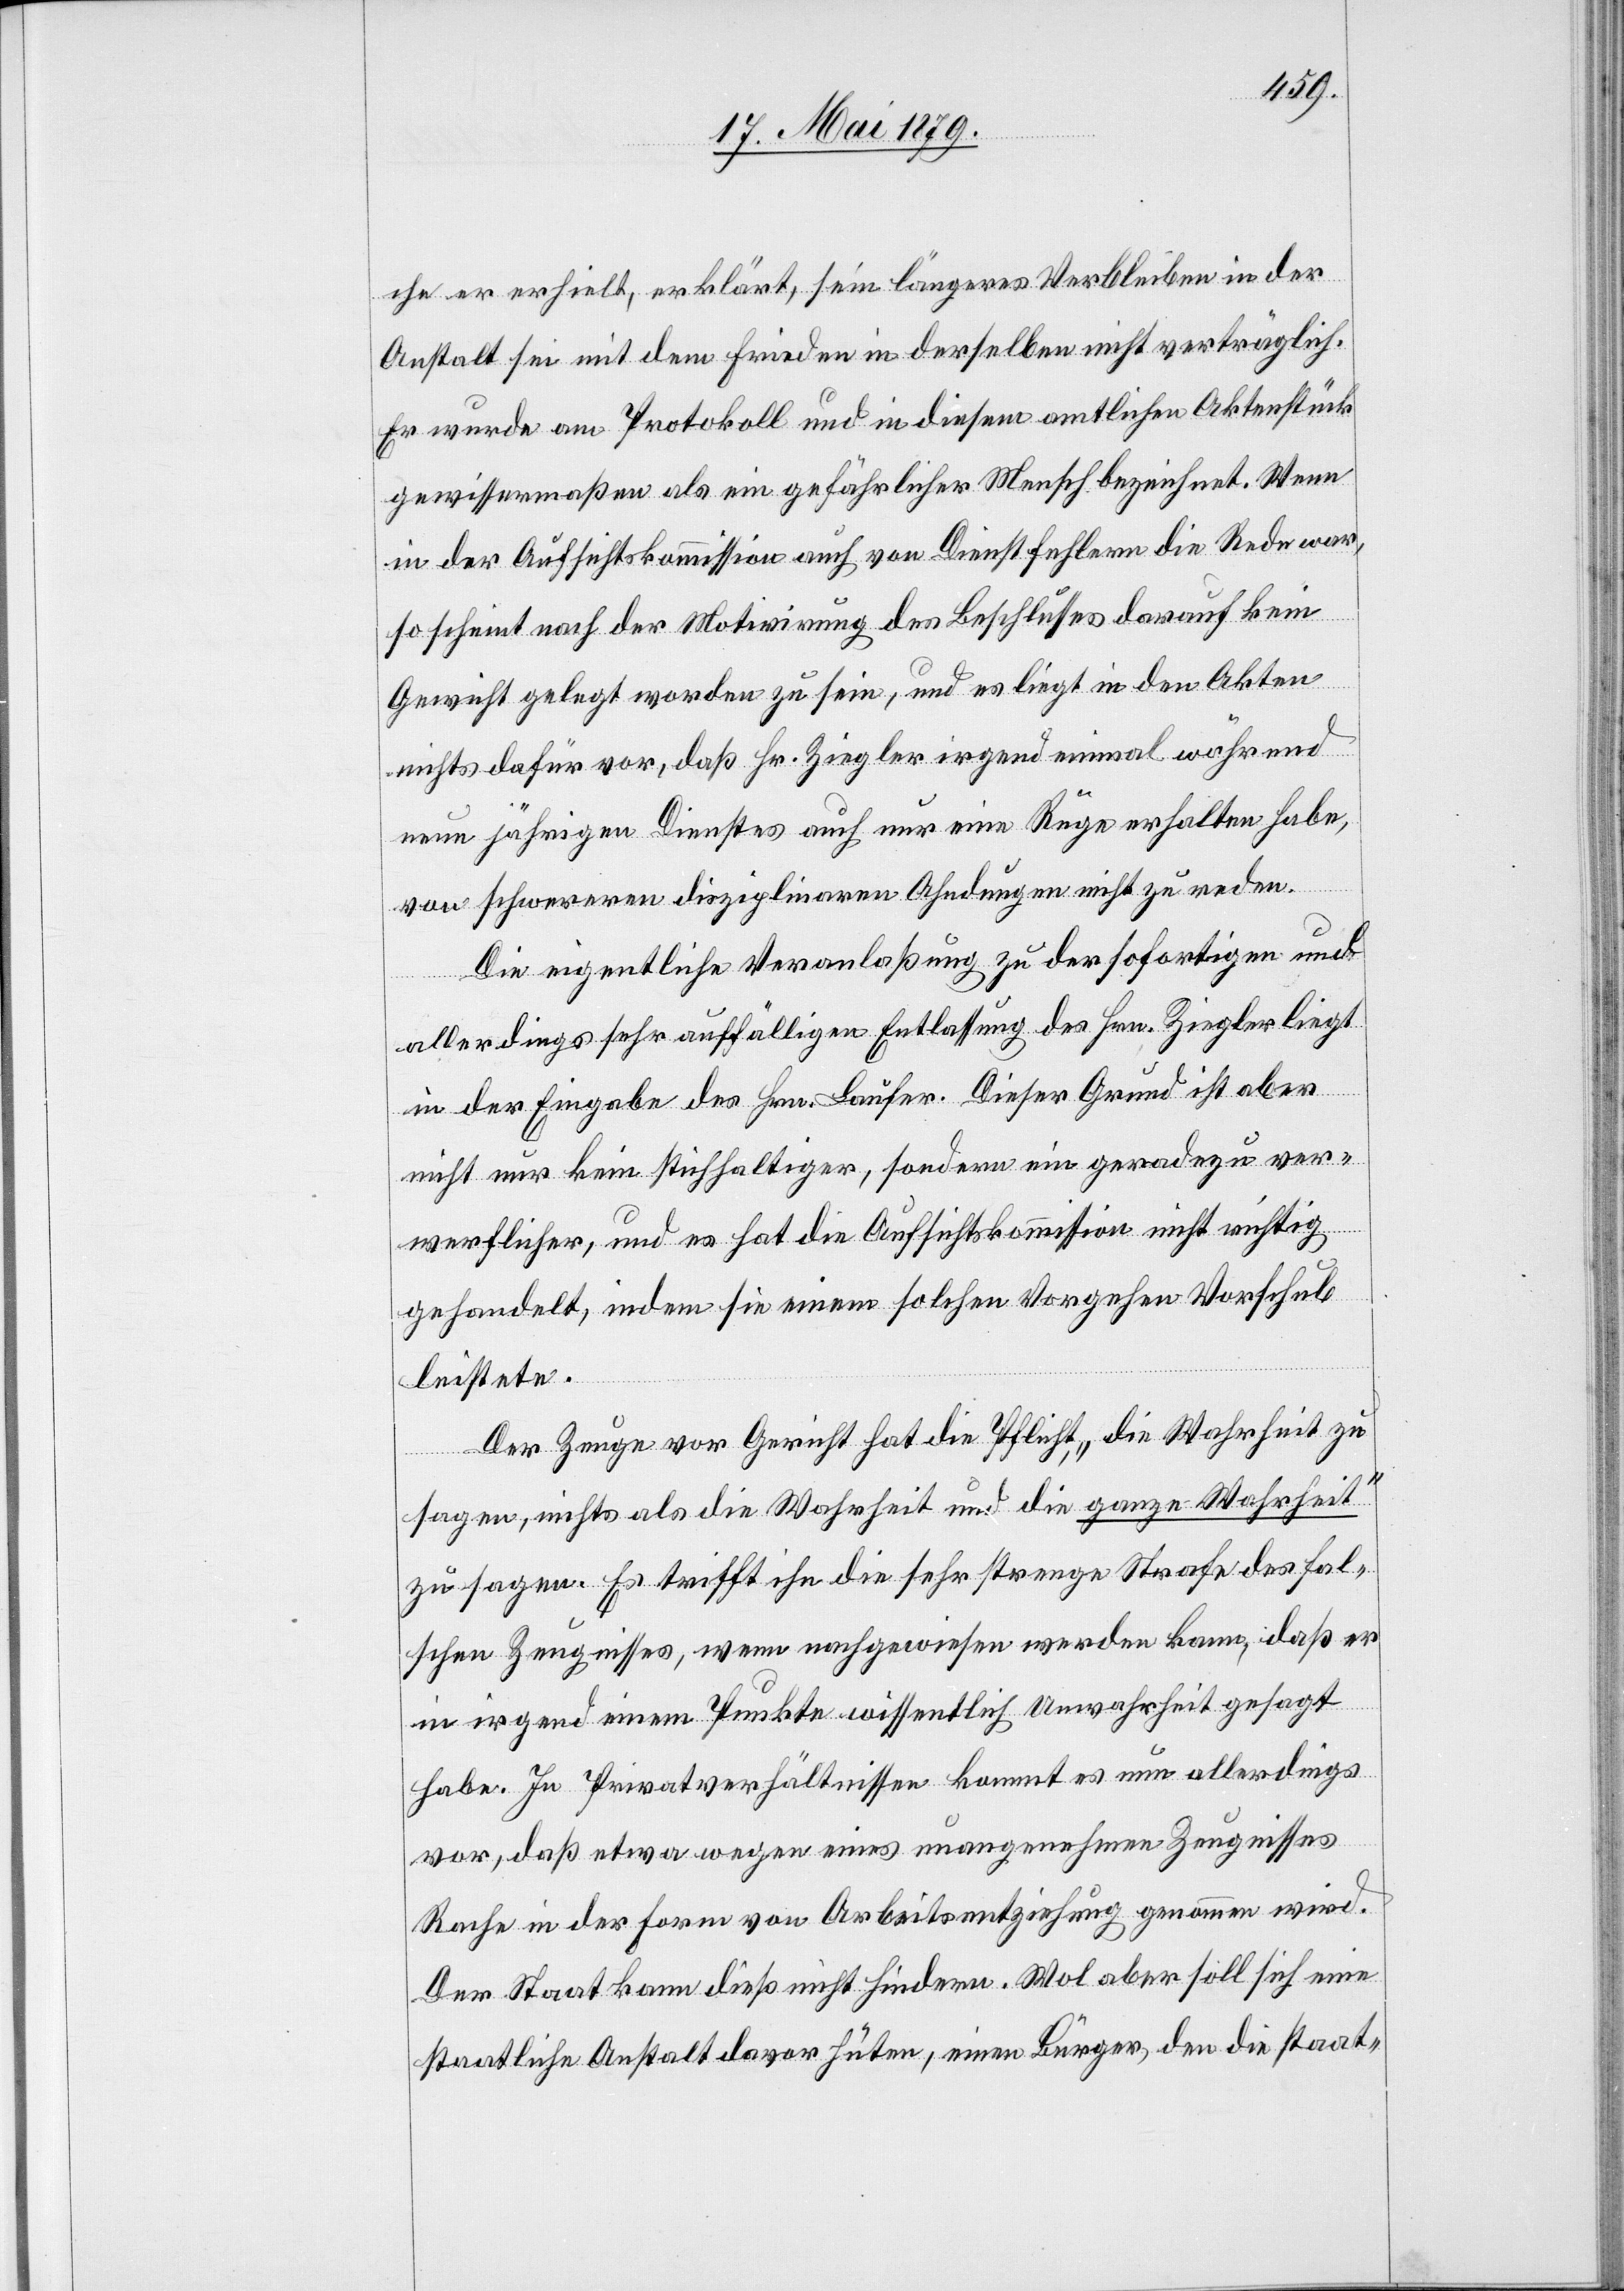
che er erhielt, erklärt, sein längeres Verbleiben in der
Anstalt sei mit dem Frieden in derselben nicht verträglich.
Er wurde am Protokoll und in diesem amtlichen Aktenstück
gewissermaßen als ein gefährlicher Mensch bezeichnet. Wenn
in der Aufsichtskommission auch von Dienstfehlern die Rede war,
so scheint nach der Motivirung des Beschlusses darauf kein
Gewicht gelegt worden zu sein, und es liegt in den Akten
nichts dafür vor, daß Hr. Ziegler irgend einmal während
neun jährigen Dienstes auch nur eine Rüge erhalten habe,
von schwereren disziplinaren Ahndungen nicht zu reden.
Die eigentliche Veranlaßung zu der sofortigen und
allerdings sehr auffälligen Entlassung des Hrn. Ziegler liegt
in der Eingabe des Hrn. Laufer. Dieser Grund ist aber
nicht nur kein stichhaltiger, sondern ein geradezu ver¬
werflicher, und es hat die Aufsichtskommission nicht richtig
gehandelt, indem sie einem solchen Vorgehen Vorschub
leistete.
Der Zeuge vor Gericht hat die Pflicht, „die Wahrheit zu
sagen, nichts als die Wahrheit und die ganze Wahrheit“
zu sagen. Es trifft ihn die sehr strenge Strafe des fal¬
schen Zeugnisses, wenn nachgewiesen werden kann, daß er
in irgend einem Punkte wissentlich Unwahrheit gesagt
habe. In Privatverhältnissen kommt es nun allerdings
vor, daß etwa wegen eines unangenehmen Zeugnisses
Rache in der Form von Arbeitsentziehung genommen wird.
Der Staat kann dieß nicht hindern. Wol aber soll sich eine
staatliche Anstalt davor hüten, einen Bürger, den die staat-